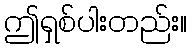
ဤရှစ်ပါးတည်း။